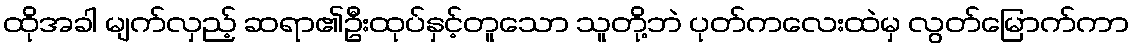
ထိုအခါ မျက်လှည့် ဆရာ၏ဦးထုပ်နှင့်တူသော သူတို့ဘဲ ပုတ်ကလေးထဲမှ လွတ်မြောက်ကာ